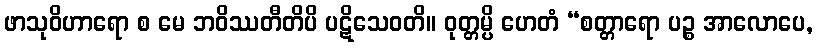
ဖာသုဝိဟာရော စ မေ ဘဝိဿတီတိပိ ပဋိသေဝတိ။ ဝုတ္တမ္ပိ ဟေတံ “စတ္တာရော ပဉ္စ အာလောပေ,